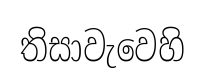
තිසාවැවෙහි